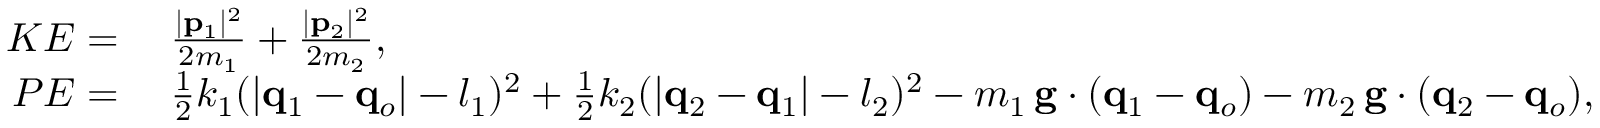
\begin{array} { r l } { K E = } & { \; \frac { | \mathbf { p } _ { 1 } | ^ { 2 } } { 2 m _ { 1 } } + \frac { | \mathbf { p } _ { 2 } | ^ { 2 } } { 2 m _ { 2 } } , } \\ { P E = } & { \; \frac 1 2 k _ { 1 } ( | \mathbf { q } _ { 1 } - \mathbf { q } _ { o } | - l _ { 1 } ) ^ { 2 } + \frac 1 2 k _ { 2 } ( | \mathbf { q } _ { 2 } - \mathbf { q } _ { 1 } | - l _ { 2 } ) ^ { 2 } - m _ { 1 } \, \mathbf { g } \cdot ( \mathbf { q } _ { 1 } - \mathbf { q } _ { o } ) - m _ { 2 } \, \mathbf { g } \cdot ( \mathbf { q } _ { 2 } - \mathbf { q } _ { o } ) , } \end{array}